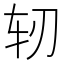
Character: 轫